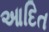
આદિત